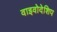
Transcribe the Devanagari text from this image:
वाइवोदेशिप